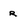
Character: r